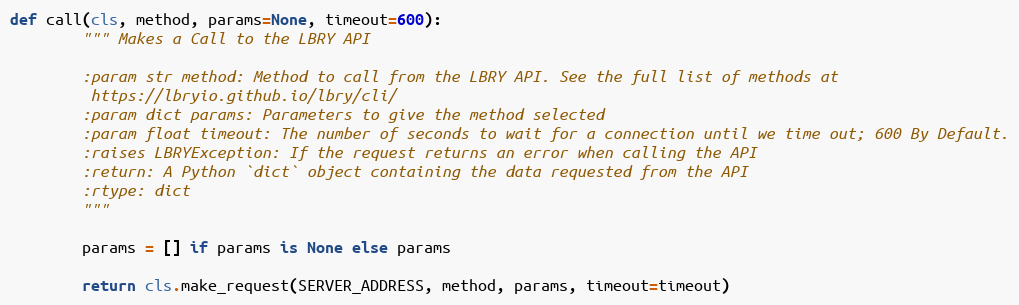
Language: Python
def call(cls, method, params=None, timeout=600):
        """ Makes a Call to the LBRY API

        :param str method: Method to call from the LBRY API. See the full list of methods at
         https://lbryio.github.io/lbry/cli/
        :param dict params: Parameters to give the method selected
        :param float timeout: The number of seconds to wait for a connection until we time out; 600 By Default.
        :raises LBRYException: If the request returns an error when calling the API
        :return: A Python `dict` object containing the data requested from the API
        :rtype: dict
        """

        params = [] if params is None else params

        return cls.make_request(SERVER_ADDRESS, method, params, timeout=timeout)